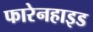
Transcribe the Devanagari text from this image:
फारेनहाइड